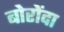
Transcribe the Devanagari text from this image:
बोरोंदा